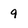
Character: 9